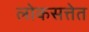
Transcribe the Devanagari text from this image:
लोकसत्तेत